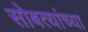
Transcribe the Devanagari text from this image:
सोबत्यांच्या